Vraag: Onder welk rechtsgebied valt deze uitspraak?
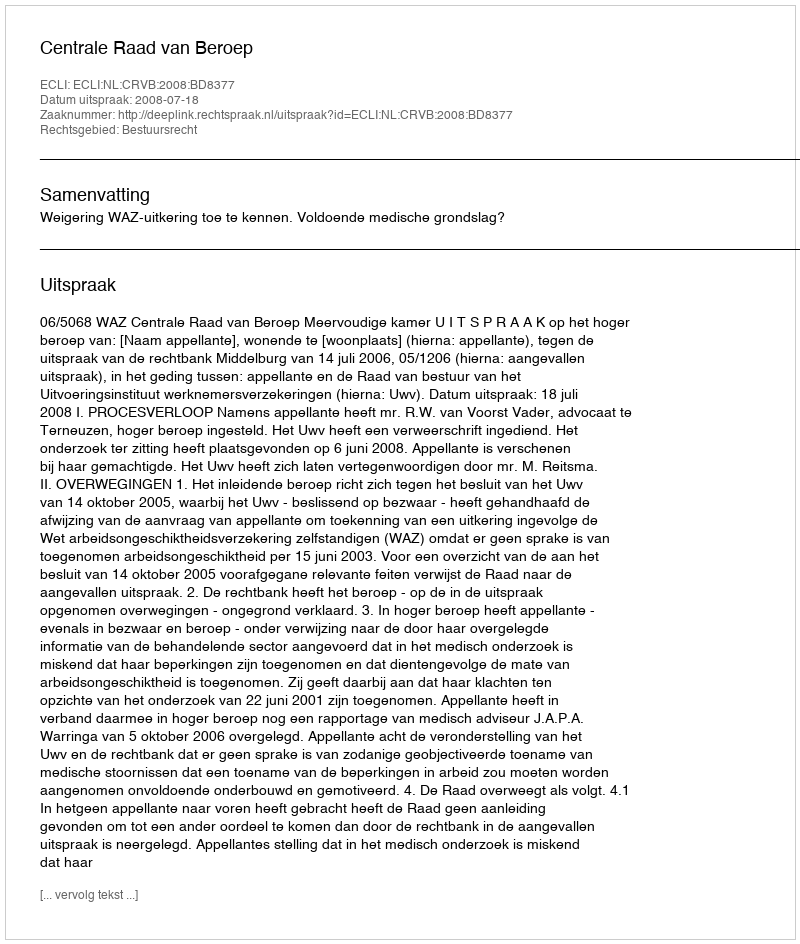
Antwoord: Bestuursrecht